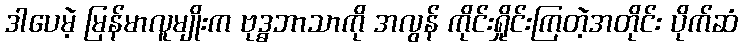
ဒါပေမဲ့ မြန်မာလူမျိုးက ဗုဒ္ဓဘာသာကို အလွန် ကိုင်းရှိုင်းကြတဲ့အတိုင်း ပိုက်ဆံ